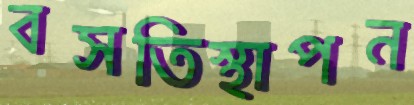
বসতিস্থাপন